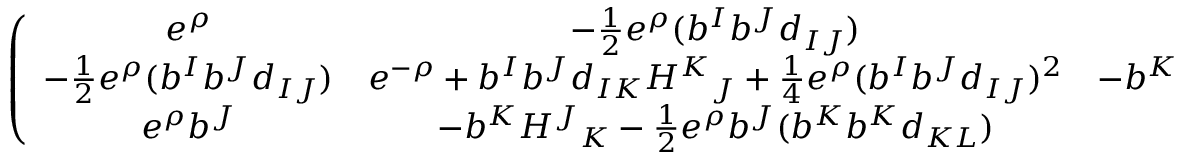
\left( \begin{array} { c c c } { { e ^ { \rho } } } & { { - { \frac { 1 } { 2 } } e ^ { \rho } ( b ^ { I } b ^ { J } d _ { I J } ) } } & { { e ^ { \rho } b ^ { I } } } \\ { { - { \frac { 1 } { 2 } } e ^ { \rho } ( b ^ { I } b ^ { J } d _ { I J } ) } } & { { e ^ { - \rho } + b ^ { I } b ^ { J } d _ { I K } { H ^ { K } } _ { J } + { \frac { 1 } { 4 } } e ^ { \rho } ( b ^ { I } b ^ { J } d _ { I J } ) ^ { 2 } } } & { { - b ^ { K } { H ^ { I } } _ { K } - { \frac { 1 } { 2 } } e ^ { \rho } b ^ { I } ( b ^ { K } b ^ { L } d _ { K L } ) } } \\ { { e ^ { \rho } b ^ { J } } } & { { - b ^ { K } { H ^ { J } } _ { K } - { \frac { 1 } { 2 } } e ^ { \rho } b ^ { J } ( b ^ { K } b ^ { K } d _ { K L } ) } } & { { { H ^ { I } } _ { K } d ^ { J K } + e ^ { \rho } b ^ { I } b ^ { J } } } \end{array} \right)